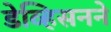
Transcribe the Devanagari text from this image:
डेव्हिसनने